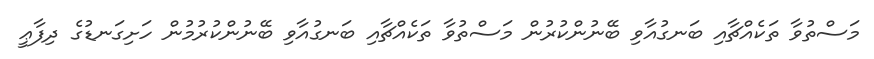
މަސްތުވާ ތަކެއްޗާއި ބަނގުއާވި ބޭނުންކުރުން މަސްތުވާ ތަކެއްޗާއި ބަނގުއާވި ބޭނުންކުރުމުން ހަށިގަނޑުގެ ދިފާޢީ